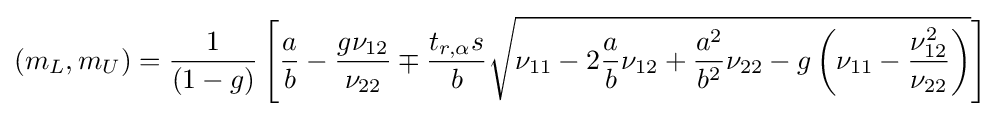
(m_{L},m_{U})={\frac {1}{(1-g)}}\left[{\frac {a}{b}}-{\frac {g\nu _{12}}{\nu _{22}}}\mp {\frac {t_{r,\alpha }s}{b}}{\sqrt {\nu _{11}-2{\frac {a}{b}}\nu _{12}+{\frac {a^{2}}{b^{2}}}\nu _{22}-g\left(\nu _{11}-{\frac {\nu _{12}^{2}}{\nu _{22}}}\right)}}\right]